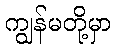
ကျွန်မတို့မှာ